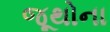
જૂથોના